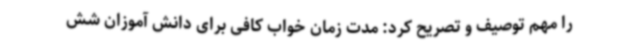
را مهم توصیف و تصریح کرد: مدت ‌زمان خواب کافی برای دانش آموزان شش